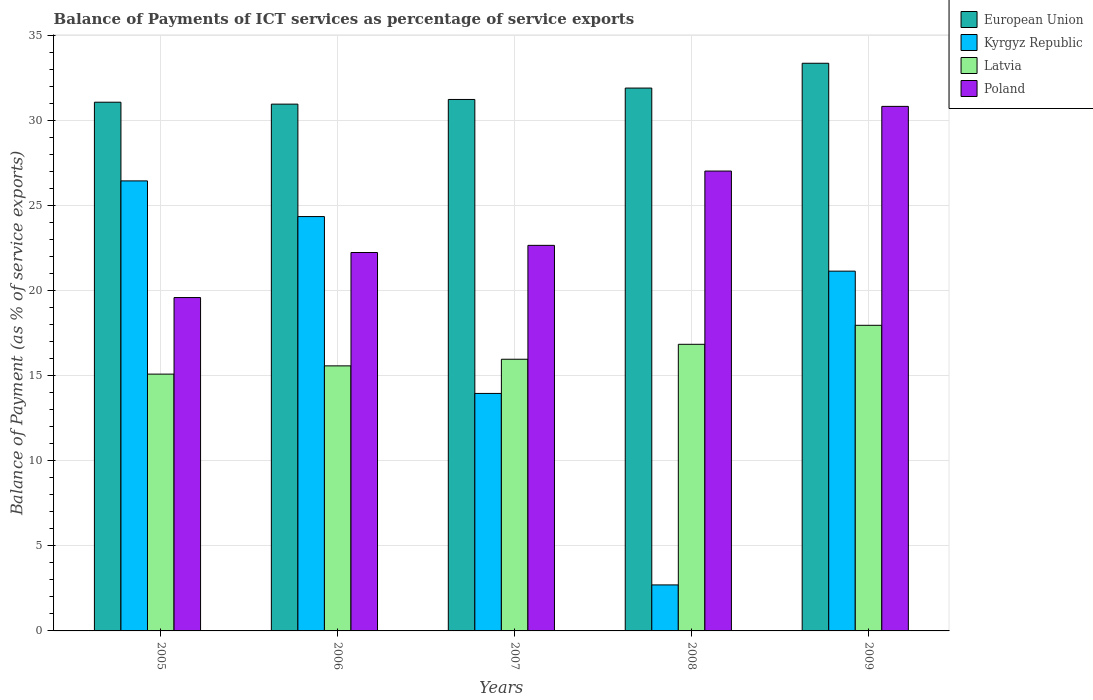
| Years | European Union | Kyrgyz Republic | Latvia | Poland |
 | --- | --- | --- | --- | --- |
 | 2005 | 31.1 | 26.4 | 15.1 | 19.6 |
 | 2006 | 31 | 24.3 | 15.6 | 22.2 |
 | 2007 | 31.2 | 14 | 16 | 22.7 |
 | 2008 | 31.9 | 2.7 | 16.8 | 27 |
 | 2009 | 33.4 | 21.1 | 18 | 30.8 |